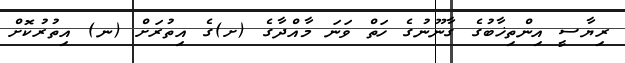
ރިޔާސީ އިންތިޚާބުގެ ގާނޫނުގެ ހަތް ވަނަ މާއްދާގެ (ށ)ގެ އިތުރަށް (ނ) އިތުރުކޮށް